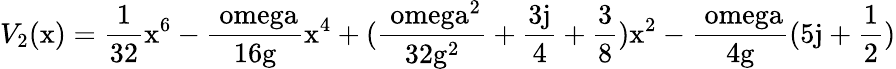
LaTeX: V_{2}(\mathrm{x)=\frac{1}{32}\mathrm{x^{6}-\frac{\ omega}{16\mathrm{g}}\mathrm{x^{4}+(\frac{\ omega^{2}}{32\mathrm{g^{2}}}+\frac{3j}{4}+\frac{3}{8})\mathrm{x^{2}-\frac{\ omega}{4\mathrm{g}}(5j+\frac{1}{2})}}}}